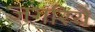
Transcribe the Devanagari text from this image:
जगरिये